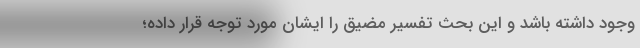
وجود داشته باشد و این بحث تفسیر مضیق را ایشان مورد توجه قرار داده؛